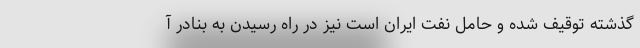
گذشته توقیف‌ شده و حامل نفت ایران است نيز در راه رسیدن به بنادر آ